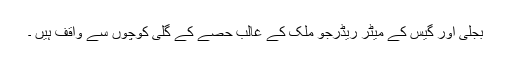
بجلی اور گیس کے میٹر ریڈرجو ملک کے غالب حصے کے گلی کوچوں سے واقف ہیں ۔